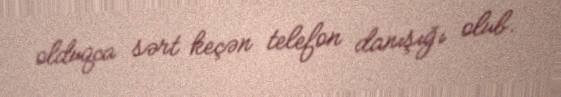
olduqca sərt keçən telefon danışığı olub.